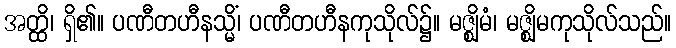
အတ္ထိ၊ ရှိ၏။ ပဏီတဟီနသ္မိံ၊ ပဏီတဟီနကုသိုလ်၌။ မဇ္ဈိမံ၊ မဇ္ဈိမကုသိုလ်သည်။